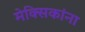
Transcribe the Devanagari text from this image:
मेक्सिकांना